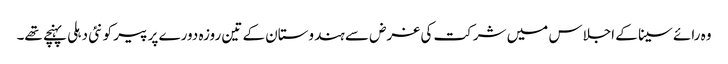
وہ رائے سینا کے اجلاس میں شرکت کی غرض سے ہندوستان کے تین روزہ دورے پر پیر کو نئی دہلی پہنچے تھے۔